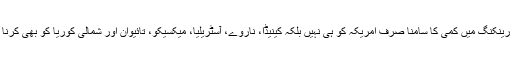
عمر کی رینکنگ میں کمی کا سامنا صرف امریکہ کو ہی نہیں بلکہ کینیڈا، ناروے، آسٹریلیا، میکسیکو، تائیوان اور شمالی کوریا کو بھی کرنا پڑے گا۔